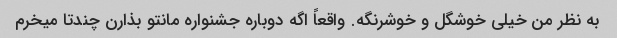
به نظر من خیلی خوشگل و خوشرنگه. واقعاً اگه دوباره جشنواره مانتو بذارن چندتا میخرم